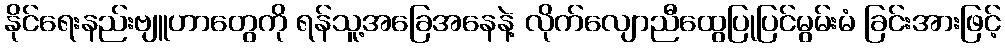
နိုင်ရေးနည်းဗျူဟာတွေကို ရန်သူ့အခြေအနေနဲ့ လိုက်လျောညီထွေပြုပြင်မွမ်းမံ ခြင်းအားဖြင့်